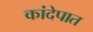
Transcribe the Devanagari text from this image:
कांदेपात